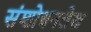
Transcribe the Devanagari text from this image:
संशोधनलेख